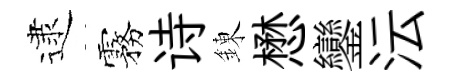
逮霧诗錬懋鑾沄